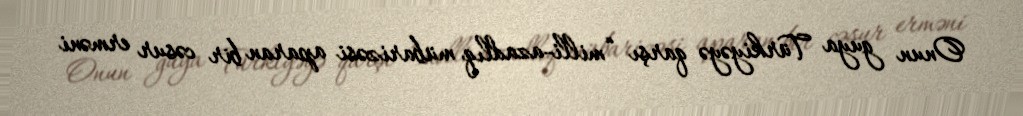
Onun guya Türkiyəyə qarşı “milli-azadlıq mübarizəsi aparan bir cəsur erməni